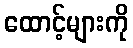
ထောင့်များကို